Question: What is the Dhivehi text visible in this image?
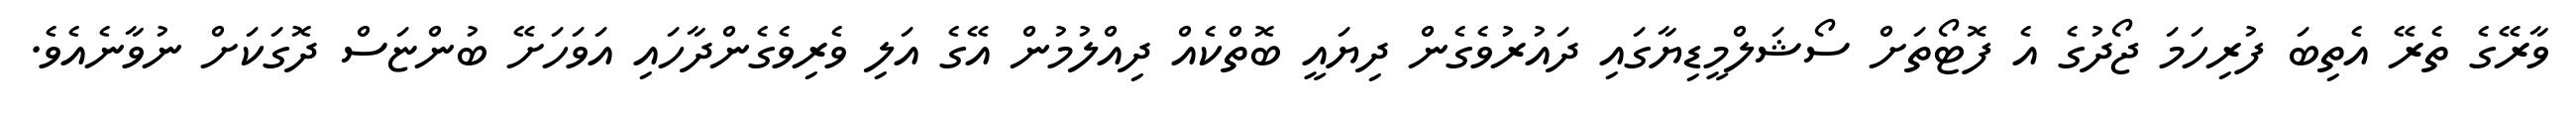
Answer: ވާރޭގެ ތެރޭ އެތިބަ ފުރިހަމަ ޖޯދުގެ އެ ފޮޓޯތަށް ސޯޝަލްމީޑިޔާގައި ދައުރުވެގެން ދިޔައީ ބޮތްކެއް ދިއްލުމުން އޭގެ އަލި ވެރިވެގެންދާހައި އަވަހަށޭ ބުންޏަސް ދޮގަކަށް ނުވާނެއެވެ.